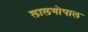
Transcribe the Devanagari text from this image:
लालगोपाल